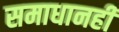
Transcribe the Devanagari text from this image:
समाधानही